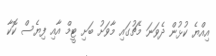
އިއްޔެ ކުޅުން ދެވަނަ މެޗުގައި މާވަށު ބަށި ޓީމް އާއި ފިޔެސް ކޮކާ